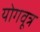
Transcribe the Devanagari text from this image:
योगवूत्र